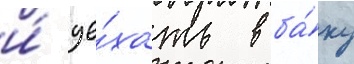
и́ уе́хать в ба́ку